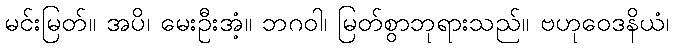
မင်းမြတ်။ အပိ၊ မေးဦးအံ့။ ဘဂဝါ၊ မြတ်စွာဘုရားသည်။ ဗဟုဝေဒနိယံ၊